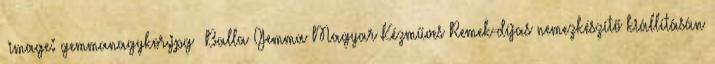
image: gemmanagykor.jpg Balla Gemma Magyar Kézműves Remek-díjas nemezkészítő kiállításán